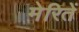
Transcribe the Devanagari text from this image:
मेरितें